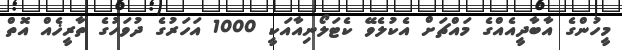
މީހުންގެ އާބާދީއެއްގެ މައްޗަށް އެކުލެވޭ ކެޓަލޯނިއާއަކީ 1000 އަހަރުގެ ދުވަހުގެ ތާރީޚެއް އޮތް